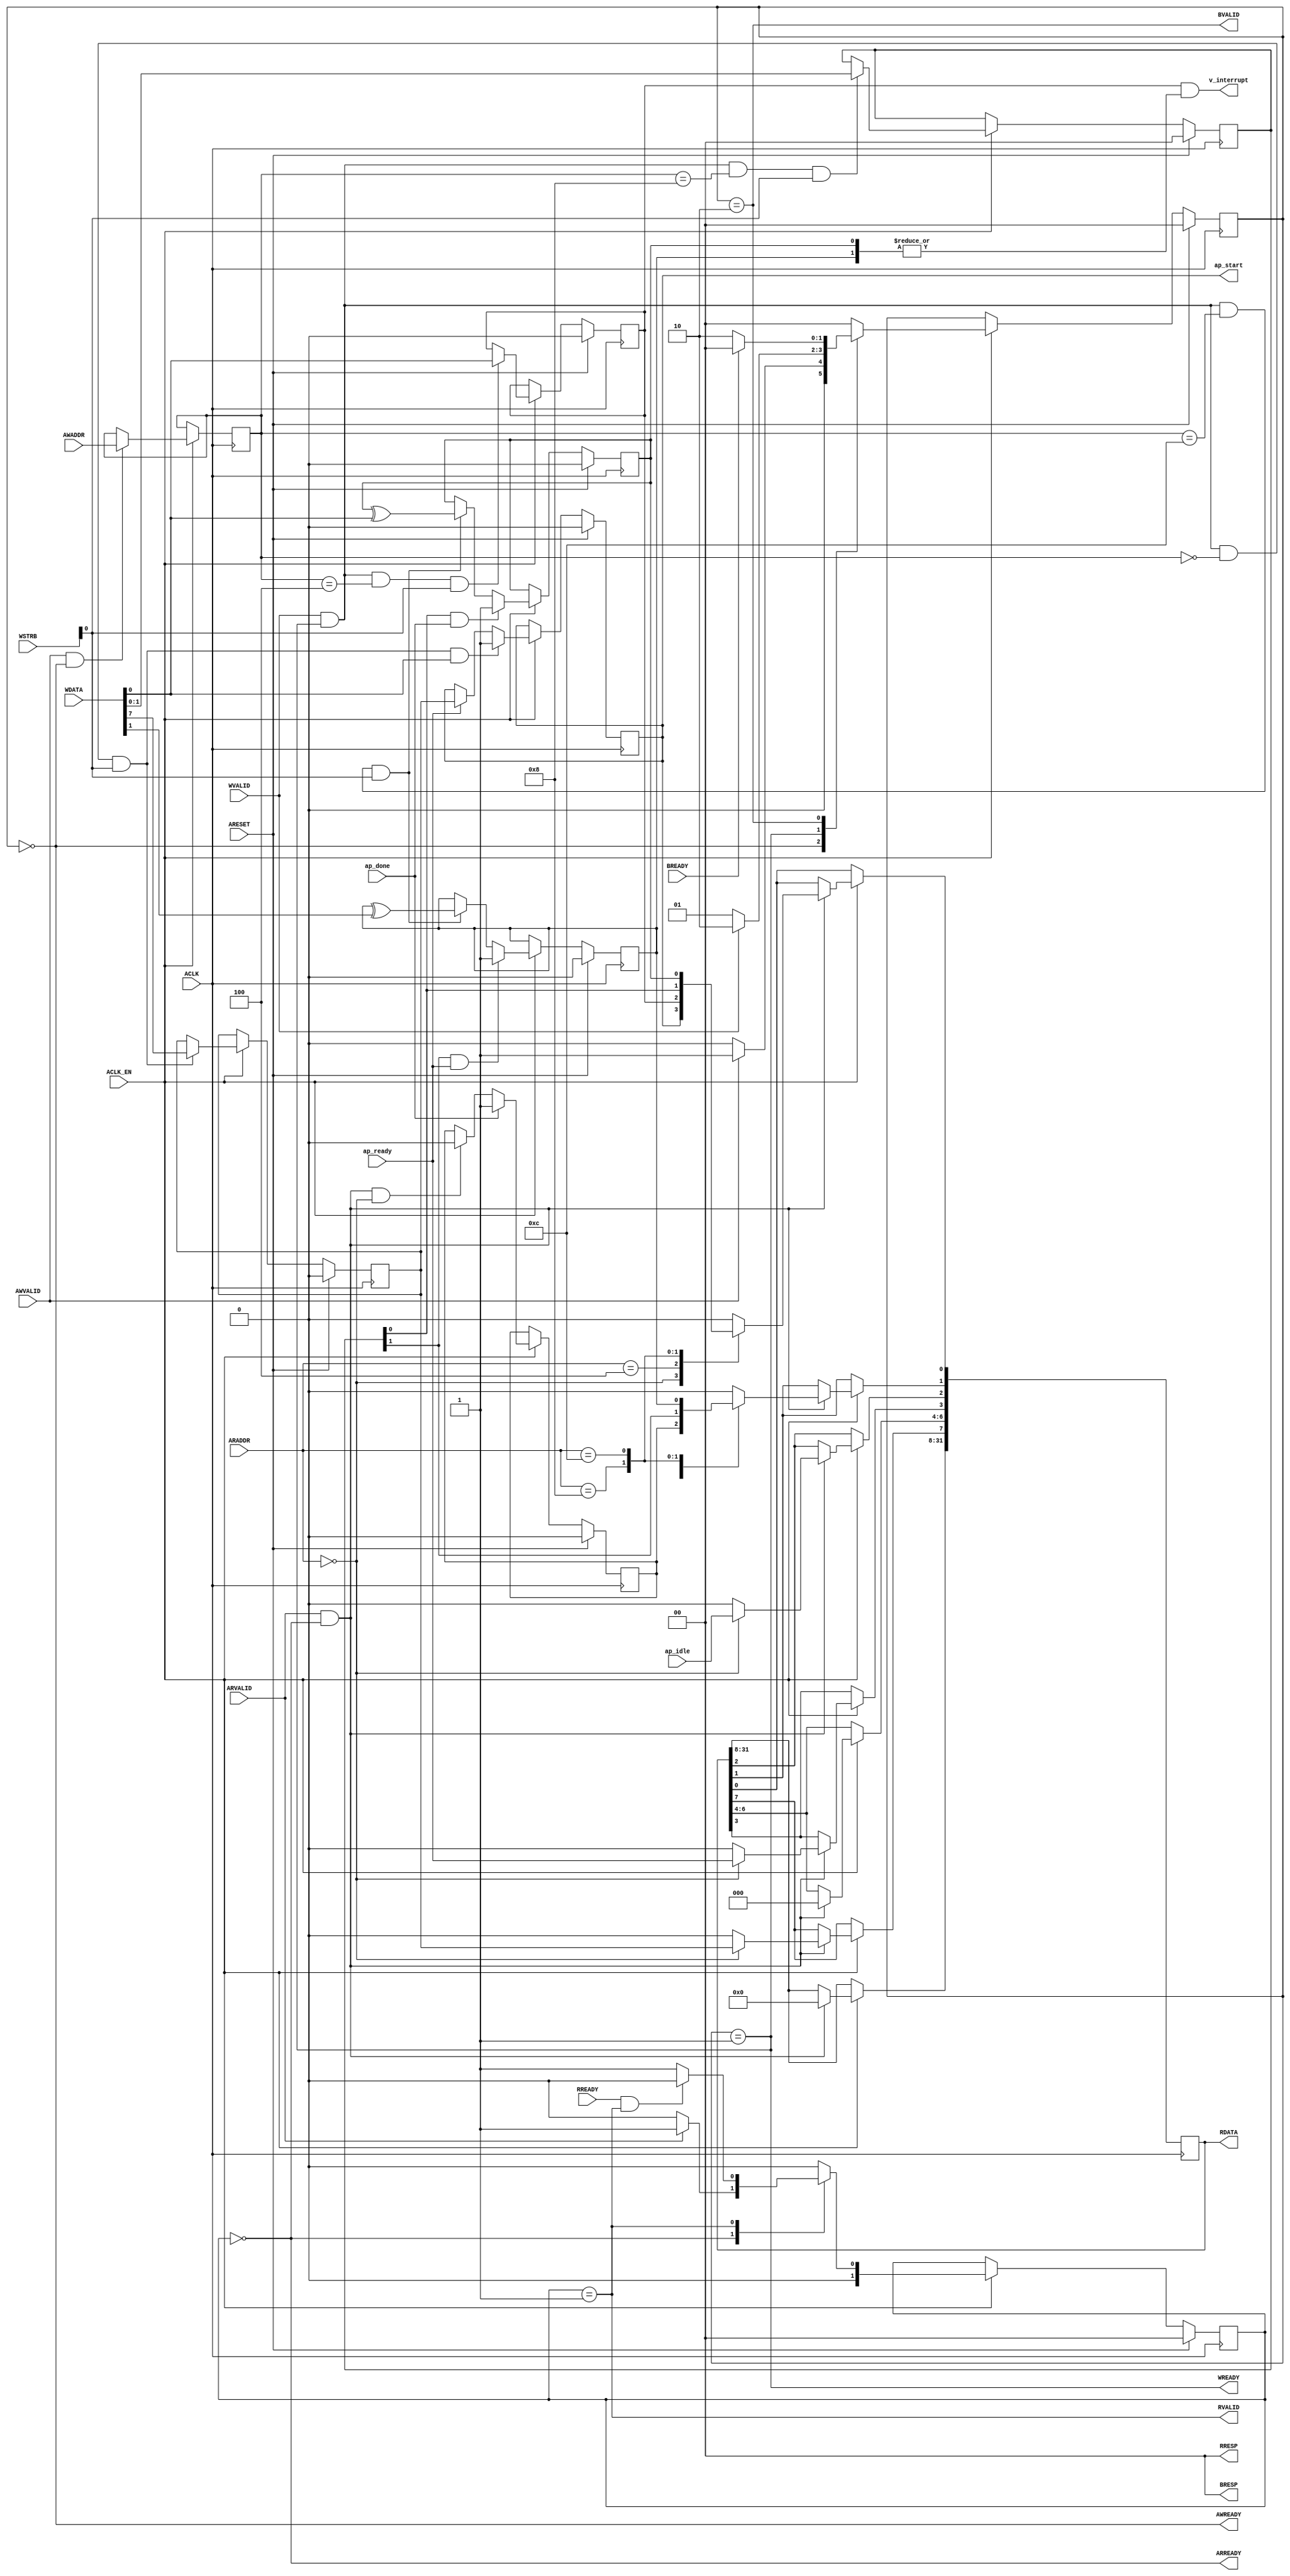
// ==============================================================
// File generated by Vivado(TM) HLS - High-Level Synthesis from C, C++ and SystemC
// Version: 2015.3
// Copyright (C) 2015 Xilinx Inc. All rights reserved.
// 
// ==============================================================

`timescale 1ns/1ps
module hls_target_config_s_axi
#(parameter
    C_S_AXI_ADDR_WIDTH = 4,
    C_S_AXI_DATA_WIDTH = 32
)(
    // axi4 lite slave signals
    input  wire                          ACLK,
    input  wire                          ARESET,
    input  wire                          ACLK_EN,
    input  wire [C_S_AXI_ADDR_WIDTH-1:0] AWADDR,
    input  wire                          AWVALID,
    output wire                          AWREADY,
    input  wire [C_S_AXI_DATA_WIDTH-1:0] WDATA,
    input  wire [C_S_AXI_DATA_WIDTH/8-1:0] WSTRB,
    input  wire                          WVALID,
    output wire                          WREADY,
    output wire [1:0]                    BRESP,
    output wire                          BVALID,
    input  wire                          BREADY,
    input  wire [C_S_AXI_ADDR_WIDTH-1:0] ARADDR,
    input  wire                          ARVALID,
    output wire                          ARREADY,
    output wire [C_S_AXI_DATA_WIDTH-1:0] RDATA,
    output wire [1:0]                    RRESP,
    output wire                          RVALID,
    input  wire                          RREADY,
    output wire                          v_interrupt,
    // user signals
    output wire                          ap_start,
    input  wire                          ap_done,
    input  wire                          ap_ready,
    input  wire                          ap_idle
);
//------------------------Address Info-------------------
// 0x0 : Control signals
//       bit 0  - ap_start (Read/Write/COH)
//       bit 1  - ap_done (Read/COR)
//       bit 2  - ap_idle (Read)
//       bit 3  - ap_ready (Read)
//       bit 7  - auto_restart (Read/Write)
//       others - reserved
// 0x4 : Global Interrupt Enable Register
//       bit 0  - Global Interrupt Enable (Read/Write)
//       others - reserved
// 0x8 : IP Interrupt Enable Register (Read/Write)
//       bit 0  - Channel 0 (ap_done)
//       bit 1  - Channel 1 (ap_ready)
//       others - reserved
// 0xc : IP Interrupt Status Register (Read/TOW)
//       bit 0  - Channel 0 (ap_done)
//       bit 1  - Channel 1 (ap_ready)
//       others - reserved
// (SC = Self Clear, COR = Clear on Read, TOW = Toggle on Write, COH = Clear on Handshake)

//------------------------Parameter----------------------
localparam
    ADDR_AP_CTRL = 4'h0,
    ADDR_GIE     = 4'h4,
    ADDR_IER     = 4'h8,
    ADDR_ISR     = 4'hc,
    WRIDLE       = 2'd0,
    WRDATA       = 2'd1,
    WRRESP       = 2'd2,
    RDIDLE       = 2'd0,
    RDDATA       = 2'd1,
    ADDR_BITS         = 4;

//------------------------Local signal-------------------
    reg  [1:0]                    wstate;
    reg  [1:0]                    wnext;
    reg  [ADDR_BITS-1:0]          waddr;
    wire [31:0]                   wmask;
    wire                          aw_hs;
    wire                          w_hs;
    reg  [1:0]                    rstate;
    reg  [1:0]                    rnext;
    reg  [31:0]                   rdata;
    wire                          ar_hs;
    wire [ADDR_BITS-1:0]          raddr;
    // internal registers
    wire                          int_ap_idle;
    wire                          int_ap_ready;
    reg                           int_ap_done;
    reg                           int_ap_start;
    reg                           int_auto_restart;
    reg                           int_gie;
    reg  [1:0]                    int_ier;
    reg  [1:0]                    int_isr;

//------------------------Instantiation------------------

//------------------------AXI write fsm------------------
assign AWREADY = (wstate == WRIDLE);
assign WREADY  = (wstate == WRDATA);
assign BRESP   = 2'b00;  // OKAY
assign BVALID  = (wstate == WRRESP);
assign wmask   = { {8{WSTRB[3]}}, {8{WSTRB[2]}}, {8{WSTRB[1]}}, {8{WSTRB[0]}} };
assign aw_hs   = AWVALID & AWREADY;
assign w_hs    = WVALID & WREADY;

// wstate
always @(posedge ACLK) begin
    if (ARESET)
        wstate <= WRIDLE;
    else if (ACLK_EN)
        wstate <= wnext;
end

// wnext
always @(*) begin
    case (wstate)
        WRIDLE:
            if (AWVALID)
                wnext = WRDATA;
            else
                wnext = WRIDLE;
        WRDATA:
            if (WVALID)
                wnext = WRRESP;
            else
                wnext = WRDATA;
        WRRESP:
            if (BREADY)
                wnext = WRIDLE;
            else
                wnext = WRRESP;
        default:
            wnext = WRIDLE;
    endcase
end

// waddr
always @(posedge ACLK) begin
    if (ACLK_EN) begin
        if (aw_hs)
            waddr <= AWADDR[ADDR_BITS-1:0];
    end
end

//------------------------AXI read fsm-------------------
assign ARREADY = (rstate == RDIDLE);
assign RDATA   = rdata;
assign RRESP   = 2'b00;  // OKAY
assign RVALID  = (rstate == RDDATA);
assign ar_hs   = ARVALID & ARREADY;
assign raddr   = ARADDR[ADDR_BITS-1:0];

// rstate
always @(posedge ACLK) begin
    if (ARESET)
        rstate <= RDIDLE;
    else if (ACLK_EN)
        rstate <= rnext;
end

// rnext
always @(*) begin
    case (rstate)
        RDIDLE:
            if (ARVALID)
                rnext = RDDATA;
            else
                rnext = RDIDLE;
        RDDATA:
            if (RREADY & RVALID)
                rnext = RDIDLE;
            else
                rnext = RDDATA;
        default:
            rnext = RDIDLE;
    endcase
end

// rdata
always @(posedge ACLK) begin
    if (ACLK_EN) begin
        if (ar_hs) begin
            rdata <= 1'b0;
            case (raddr)
                ADDR_AP_CTRL: begin
                    rdata[0] <= int_ap_start;
                    rdata[1] <= int_ap_done;
                    rdata[2] <= int_ap_idle;
                    rdata[3] <= int_ap_ready;
                    rdata[7] <= int_auto_restart;
                end
                ADDR_GIE: begin
                    rdata <= int_gie;
                end
                ADDR_IER: begin
                    rdata <= int_ier;
                end
                ADDR_ISR: begin
                    rdata <= int_isr;
                end
            endcase
        end
    end
end


//------------------------Register logic-----------------
assign v_interrupt    = int_gie & (|int_isr);
assign ap_start     = int_ap_start;
assign int_ap_idle  = ap_idle;
assign int_ap_ready = ap_ready;
// int_ap_start
always @(posedge ACLK) begin
    if (ARESET)
        int_ap_start <= 1'b0;
    else if (ACLK_EN) begin
        if (w_hs && waddr == ADDR_AP_CTRL && WSTRB[0] && WDATA[0])
            int_ap_start <= 1'b1;
        else if (int_ap_ready)
            int_ap_start <= int_auto_restart; // clear on handshake/auto restart
    end
end

// int_ap_done
always @(posedge ACLK) begin
    if (ARESET)
        int_ap_done <= 1'b0;
    else if (ACLK_EN) begin
        if (ap_done)
            int_ap_done <= 1'b1;
        else if (ar_hs && raddr == ADDR_AP_CTRL)
            int_ap_done <= 1'b0; // clear on read
    end
end

// int_auto_restart
always @(posedge ACLK) begin
    if (ARESET)
        int_auto_restart <= 1'b0;
    else if (ACLK_EN) begin
        if (w_hs && waddr == ADDR_AP_CTRL && WSTRB[0])
            int_auto_restart <=  WDATA[7];
    end
end

// int_gie
always @(posedge ACLK) begin
    if (ARESET)
        int_gie <= 1'b0;
    else if (ACLK_EN) begin
        if (w_hs && waddr == ADDR_GIE && WSTRB[0])
            int_gie <= WDATA[0];
    end
end

// int_ier
always @(posedge ACLK) begin
    if (ARESET)
        int_ier <= 1'b0;
    else if (ACLK_EN) begin
        if (w_hs && waddr == ADDR_IER && WSTRB[0])
            int_ier <= WDATA[1:0];
    end
end

// int_isr[0]
always @(posedge ACLK) begin
    if (ARESET)
        int_isr[0] <= 1'b0;
    else if (ACLK_EN) begin
        if (int_ier[0] & ap_done)
            int_isr[0] <= 1'b1;
        else if (w_hs && waddr == ADDR_ISR && WSTRB[0])
            int_isr[0] <= int_isr[0] ^ WDATA[0]; // toggle on write
    end
end

// int_isr[1]
always @(posedge ACLK) begin
    if (ARESET)
        int_isr[1] <= 1'b0;
    else if (ACLK_EN) begin
        if (int_ier[1] & ap_ready)
            int_isr[1] <= 1'b1;
        else if (w_hs && waddr == ADDR_ISR && WSTRB[0])
            int_isr[1] <= int_isr[1] ^ WDATA[1]; // toggle on write
    end
end


//------------------------Memory logic-------------------

endmodule